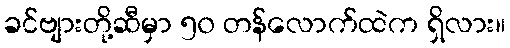
ခင်ဗျားတို့ဆီမှာ ၅၀ တန်လောက်ထဲက ရှိလား။